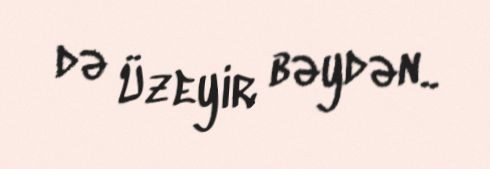
də Üzeyir bəydən..